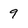
Character: 9